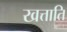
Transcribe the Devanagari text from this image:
खत्ताति